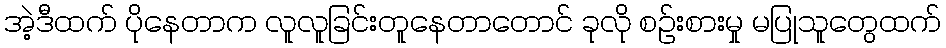
အဲ့ဒီထက် ပိုနေတာက လူလူခြင်းတူနေတာတောင် ခုလို စဉ်းစားမှု မပြုသူတွေထက်